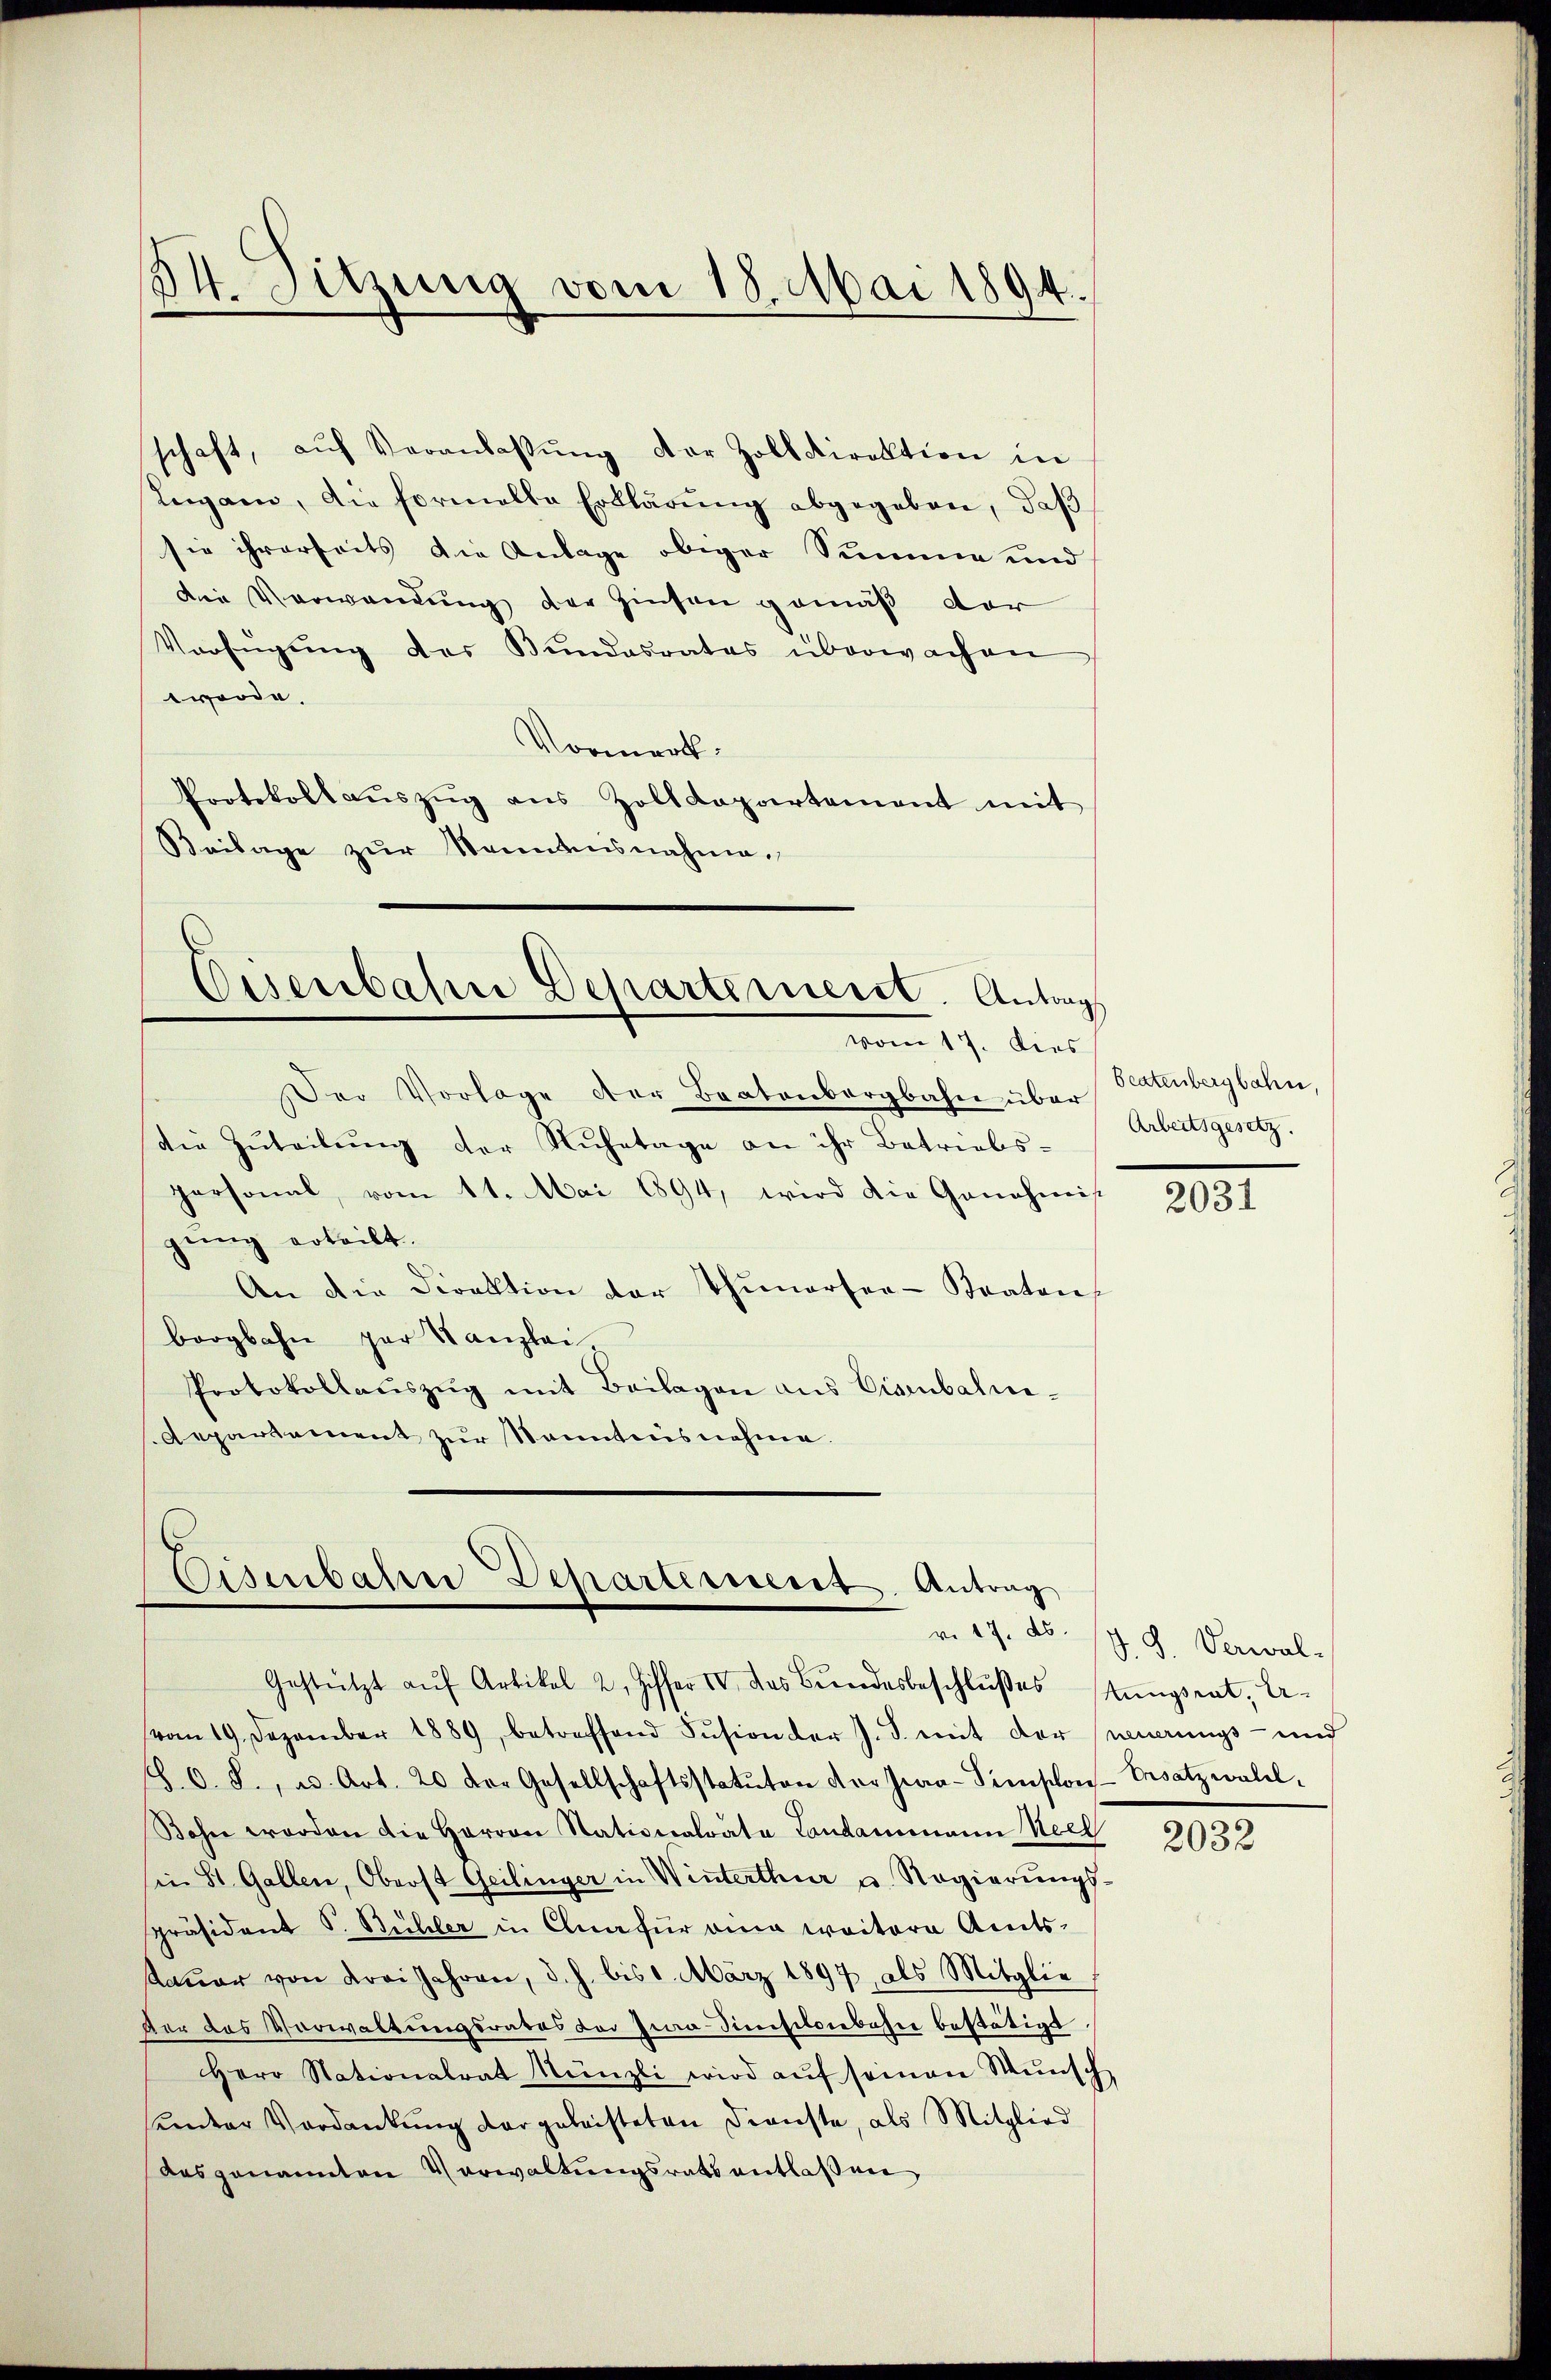
34. Sitzung vom 18. Mai 1894.

schaft, aŭf Veranlaβŭng der Zolldirektion in
Legann, die Formelle Erklärŭng abgegeben, daβ
sie ihrerseits die Anlage obiger Summe und
Die Verwandung der Zinsen gemäß der
Verfügŭng des Bundesrates überwachen
worde.
Vormerk
Protokollaŭszŭg ans Zolldepartement mit
Beilage zur Kenntnisnahme.

Cisenbahn Departemeist. Antrag
vom 17. Dies

Der Vorlage der Beatenbergbahn über
die Zŭteilŭng der Ruhetage an ihr Betriebs-
personal, vom 11. Mai 1894, wird die Genehmis
gung erteilt.
An die Direktion der Thunersen-Kraton
bergbahn par Kanzlei-
Protokollauszug mit Beilagen aus Eisenbalni¬
Aepartement zur Kenntnisnehme.

Eisenbahn Departernerst. Antrag
Gestützt aŭf Artikel 2. Ziffer IV. das Berndesbeschlŭβes stungsrat, Ar-

vom 19. Dezember 1889, betreffend Sŭsion der J. J. mit der neuerungs- und
S. O. S., u. Art. 20 der Gesellschaftsstatuten der Jea-Simsons-Ersatzeralel-
Bohn worden die Herren Stationalrata Landammann Seel
in St. Gallen, Oberst Geilinger in Winterthur u. Regierungs-
präsident S. Bühler in Clnafür eine weitere Amts-
taŭer von drei Jahren, d. J. bis 1. März 1897, als Mitglie
der das Verwaltungsrates der Jura. Diensilviebahne bestätigt.
Herr Nationalrat Münzli wird aŭf seinen Wŭnsch
under Verdankŭng dargeleisteten Dienste, als Mitglied
Ausgenannten Verwaltŭngsrats entlaßen

Beatenbergbahn.
Arbeitsgesetz.

2031

v. 17. ds. J. J. Verwal-

2032